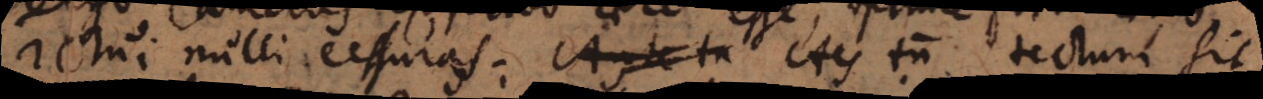
ictui nulli cessuras. Ante ta Aes tum tectum sit